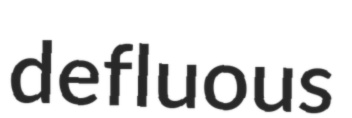
defluous